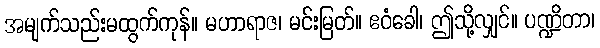
အမျက်သည်းမထွက်ကုန်။ မဟာရာဇ၊ မင်းမြတ်။ ဧဝံခေါ၊ ဤသို့လျှင်။ ပဏ္ဍိတာ၊